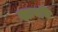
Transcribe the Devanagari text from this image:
न्ह्यायचि